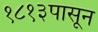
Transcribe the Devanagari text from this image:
१८१३पासून